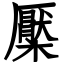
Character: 檿